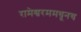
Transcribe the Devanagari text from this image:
रामेश्वरममधूनच